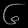
Digit: ၆